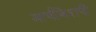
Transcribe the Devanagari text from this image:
आर्चबिशपी